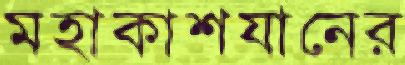
মহাকাশযানের